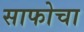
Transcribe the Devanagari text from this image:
साफोचा